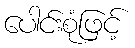
ပေါင်းစုံဖြင့်